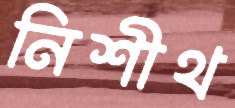
নিশীথ